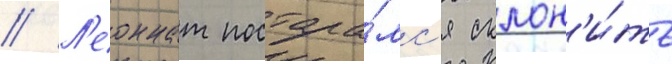
// Л'еоннат постара́лс'я склон'и́ть